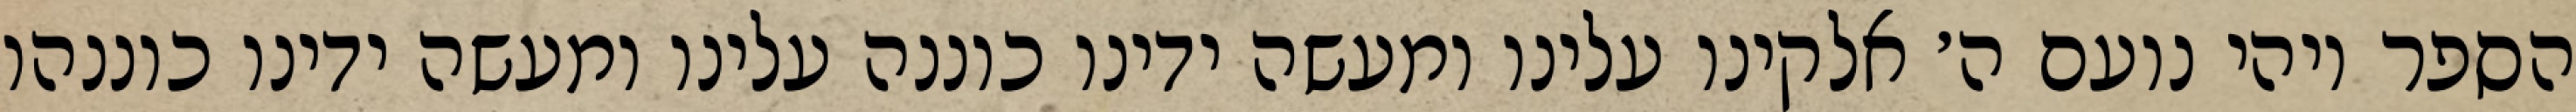
הספר ויהי נועם ה׳ אלקינו עלינו ומעשה ידינו כוננה עלינו ומעשה ידינו כוננהו